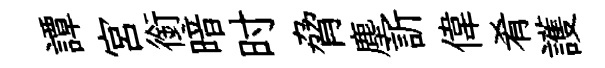
譚宮銜暗时脅塵訢偉肴護